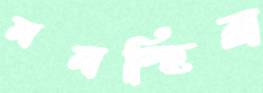
মনস্হির